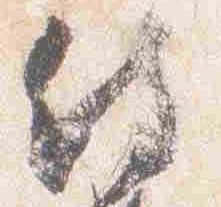
侍